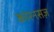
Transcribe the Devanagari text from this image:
कांरनसज़